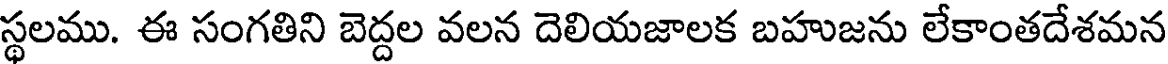
స్థలము. ఈ సంగతిని బెద్దల వలన దెలియజాలక బహుజను లేకాంతదేశమన